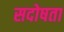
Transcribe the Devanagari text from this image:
सदोषता